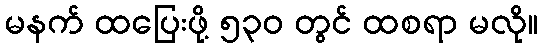
မနက် ထပြေးဖို့ ၅၃၀ တွင် ထစရာ မလို။